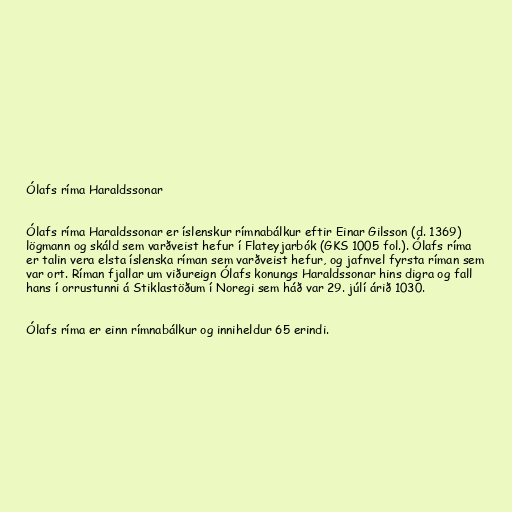
Ólafs ríma Haraldssonar

Ólafs ríma Haraldssonar er íslenskur rímnabálkur eftir Einar Gilsson (d. 1369)
lögmann og skáld sem varðveist hefur í Flateyjarbók (GKS 1005 fol.). Ólafs ríma
er talin vera elsta íslenska ríman sem varðveist hefur, og jafnvel fyrsta ríman sem
var ort. Ríman fjallar um viðureign Ólafs konungs Haraldssonar hins digra og fall
hans í orrustunni á Stiklastöðum í Noregi sem háð var 29. júlí árið 1030.

Ólafs ríma er einn rímnabálkur og inniheldur 65 erindi.